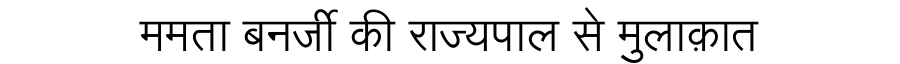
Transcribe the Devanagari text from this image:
ममता बनर्जी की राज्यपाल से मुलाक़ात